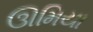
ઊમિયા